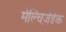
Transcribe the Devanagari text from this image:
मेल्चिज़ेडेक